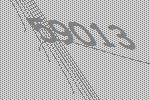
59013